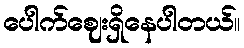
ပေါက်ဈေးရှိနေပါတယ်။